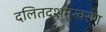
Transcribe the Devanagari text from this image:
दलितदशमुखरण